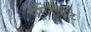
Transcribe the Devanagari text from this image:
ऐलिफ़ेंट